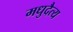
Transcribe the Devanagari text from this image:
मधुदैत्य